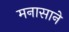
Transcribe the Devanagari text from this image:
मनासाने